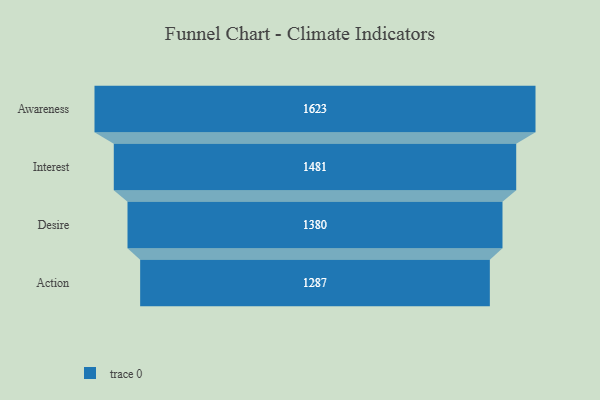
{"axis": {"x": "Stage", "y": "Value"}, "legend": [""], "data": [{"x": "Awareness", "y": 1623.0, "type": ""}, {"x": "Interest", "y": 1481.0, "type": ""}, {"x": "Desire", "y": 1380.0, "type": ""}, {"x": "Action", "y": 1287.0, "type": ""}]}